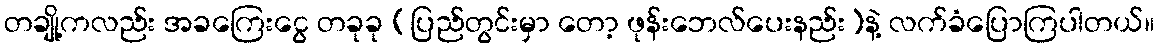
တချို့ကလည်း အခကြေးငွေ တခုခု (ပြည်တွင်းမှာ တော့ ဖုန်းဘေလ်ပေးနည်း)နဲ့ လက်ခံပြောကြပါတယ်။